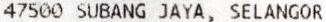
47500 SUBANG JAYA, SELANGOR